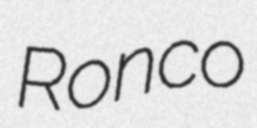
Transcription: Ronco